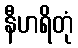
နီဟရိတုံ